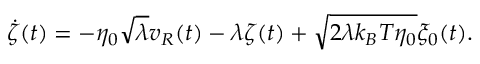
\dot { \zeta } ( t ) = - \eta _ { 0 } \sqrt { \lambda } v _ { R } ( t ) - \lambda \zeta ( t ) + \sqrt { 2 \lambda k _ { B } T \eta _ { 0 } } \xi _ { 0 } ( t ) .